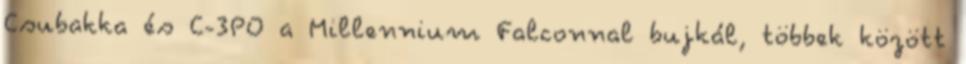
Csubakka és C-3PO a Millennium Falconnal bujkál, többek között